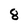
Character: 8